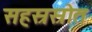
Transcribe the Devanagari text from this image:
सहस्रस्रोत